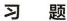
习 题